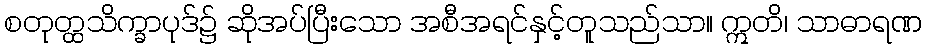
စတုတ္ထသိက္ခာပုဒ်၌ ဆိုအပ်ပြီးသော အစီအရင်နှင့်တူသည်သာ။ ဣတိ၊ သာဓာရဏ